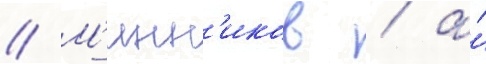
// М'инн'иков / а́